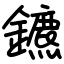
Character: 鑣